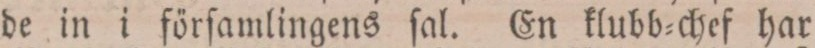
de in i förſamlingens ſal. En klubb=chef har